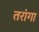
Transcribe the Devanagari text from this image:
तरांगा